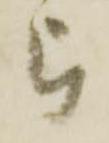
被